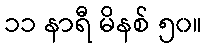
၁၁ နာရီ မိနစ် ၅၀။